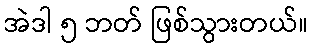
အဲဒါ ၅ ဘတ် ဖြစ်သွားတယ်။